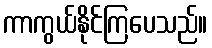
ကာကွယ်နိုင်ကြပေသည်။